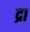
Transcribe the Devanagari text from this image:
द्रा